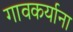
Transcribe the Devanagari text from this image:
गावकर्याना